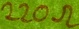
Text: 220Ω